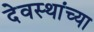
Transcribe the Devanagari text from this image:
देवस्थांच्या